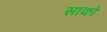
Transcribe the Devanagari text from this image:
साको